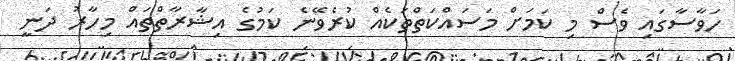
ހަވާސާގައި ވެސް މި ކަމަށް މަސައްކަތްތަކެއް ކުރެވޭނެ ކަމުގެ އިޝާރާތްތައް މިހާރު ދަނީ